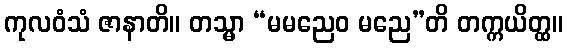
ကုလဝံသံ ဇာနာတိ။ တသ္မာ “မမညေဝ မညေ”တိ တက္ကယိတ္ထ။